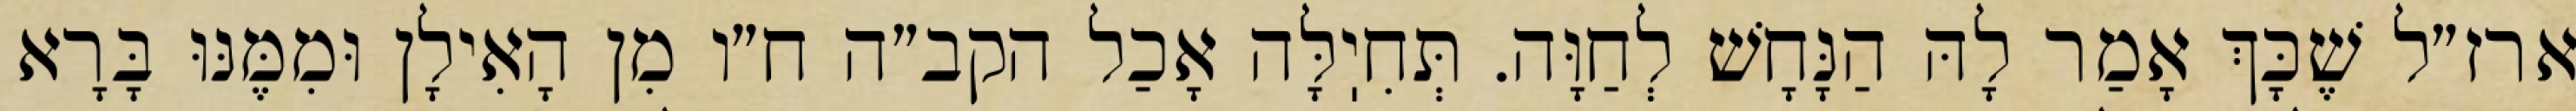
ארז״ל שֶׁכָּךְ אָמַר לָהּ הַנָּחָשׁ לְחַוָּה. תְּחִיֽלָּה אָכַל הקב״ה ח״ו מִן הָאִילָן וּמִמֶּנּוּ בָּרָא